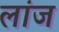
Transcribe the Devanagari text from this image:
लांज